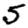
Digit: 5